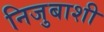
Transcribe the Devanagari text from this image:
निजुबाशी